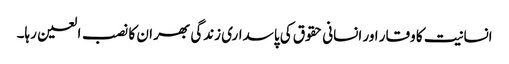
انسانیت کا وقار اور انسانی حقوق کی پاسداری زندگی بھر ان کا نصب العین رہا۔